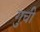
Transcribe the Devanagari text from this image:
गुची